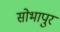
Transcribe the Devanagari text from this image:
सोभापुर